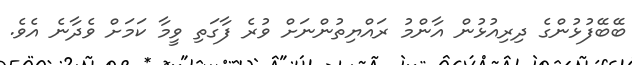
ބޭބޭފުޅުންގެ ދިރިއުޅުން އާންމު ރައްޔިތުންނަށް ވުރެ ފާގަތި ވީމާ ކަމަށް ވެދާނެ އެވެ.